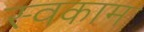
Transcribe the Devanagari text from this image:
स्वकाम